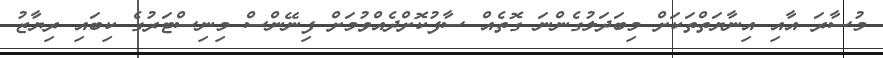
މުސާރަ އާއި އިނާޔަތްތަކަށް މިބަދަލުގެންނަ ގޮތެއް ސާފުކޮށްދެއްވުމަށް ފިނޭންސް މިނިސްޓަރުގެ ކިބައި ރިޔާޒު